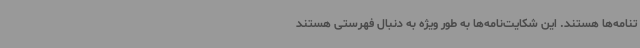
تنامه‌ها هستند. این شکایت‌نامه‌ها به طور ویژه به دنبال فهرستی هستند